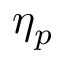
\eta _ { p }